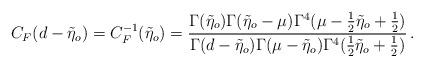
LaTeX: \begin{align*}C_{F}(d-\tilde{\eta}_{o})=C_{F}^{-1}(\tilde{\eta}_{o})= \frac{\Gamma(\tilde{\eta}_{o}) \Gamma(\tilde{\eta}_{o}-\mu)\Gamma^{4}(\mu-\frac{1}{2}\tilde{\eta}_{o} +\frac{1}{2})}{\Gamma(d-\tilde{\eta}_{o})\Gamma(\mu-\tilde{\eta}_{o}) \Gamma^{4}(\frac{1}{2}\tilde{\eta}_{o}+\frac{1}{2})}\,.\end{align*}